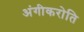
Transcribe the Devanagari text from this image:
अंगीकरोति